Civil Veterinary Dept. Assam report 1927-50 - 1927-1950
Year: 1927
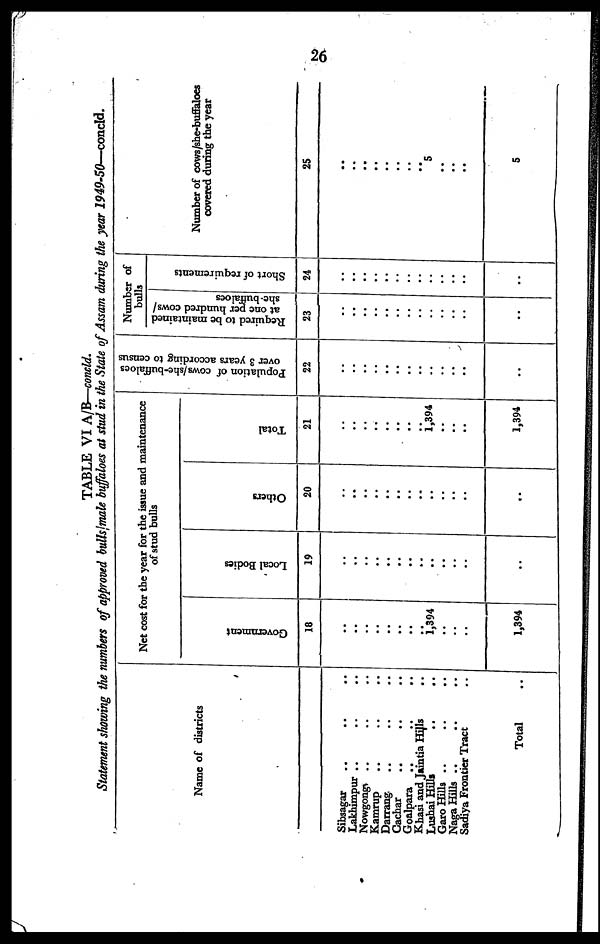
26
TABLE VI A/E—concld.
Statement showing the numbers of approved bulls/male buffaloes at stud in the State of Assam during the year 1949-50—concld.
Name of districts
Sibsagar .. .. ..
Lakbimpur .. .. ..
Nowgong .. .. ..
Kamrup .. .. ..
Darrang .. .. ..
Cachar .. .. ..
Goalpara .. .. ..
Khasi and Jaintia Hills ..
Lushai Hills .. ..
Garo Hills .. .. ..
Naga Hills .. .. ..
Sadiya Frontier Tract ..
Total ..
Net cost for the year for the issue and maintenance
of stud bulls
Government
18
..
..
..
..
..
..
..
..
1,394
..
..
..
1,394
Local Bodies
19
..
..
..
..
..
..
..
..
..
..
..
..
..
Others
20
..
..
..
..
..
..
..
..
..
..
..
..
..
Total
21
..
..
..
..
..
..
..
..
1,394
..
..
..
1,394
Population of cows/she-buffaloes
over 3 years according to census
22
..
..
..
..
..
..
..
..
..
..
..
..
..
Number of
bulls
Required to be maintained
at one per hundred cows/
she-buffaloes
23
..
..
..
..
..
..
..
..
..
..
..
..
..
Short of requirements
24
..
..
..
..
..
..
..
..
..
..
..
..
..
Number of cows/she-buffaloes
covered during the year
25
..
..
..
..
..
..
..
..
5
..
..
..
5